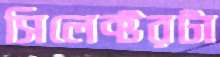
সিলেক্টরটা